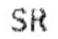
SR